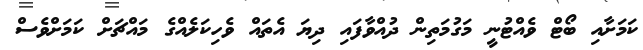
ކަމަށާއި ބޯޓް ވެއްޓުނީ މަގުމަތިން ދުއްވާފައި ދިޔަ އެތައް ވެހިކަލެއްގެ މައްޗަށް ކަމަށްވެސް